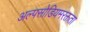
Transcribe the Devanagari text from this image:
अल्पसोडियमरक्तता